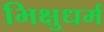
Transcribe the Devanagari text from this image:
भिक्षुधर्म